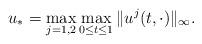
LaTeX: \begin{align*} u_*= \max_{j=1,2} \max_{0\le t\le 1} \| u^j(t,\cdot)\|_{\infty}.\end{align*}